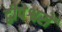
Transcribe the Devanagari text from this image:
द्वीपेश्वरों